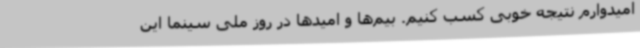
امیدوارم نتیجه خوبی کسب کنیم. بیم‌ها و امیدها در روز ملی سینما این